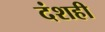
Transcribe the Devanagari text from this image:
दंशही